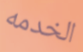
الخدمه